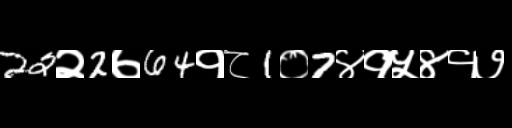
Text: 22२2७64१८1०7४१५४१७